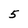
Character: 5